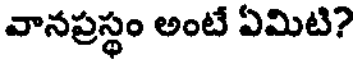
వానప్రస్థం అంటే ఏమిటి?